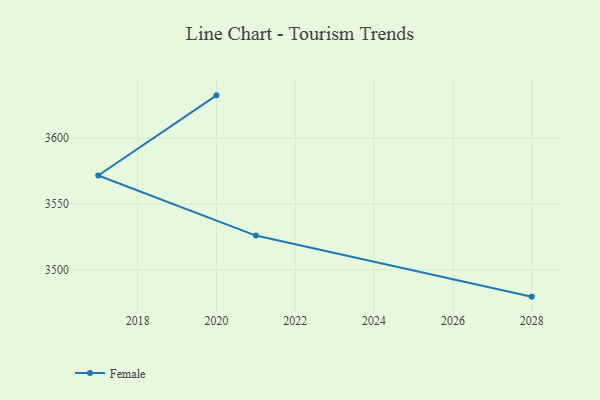
{"axis": {"x": "Year", "y": "Waste Production (Tons)"}, "legend": ["Female"], "data": [{"x": "2028", "y": 3479.5, "type": "Female"}, {"x": "2021", "y": 3525.9, "type": "Female"}, {"x": "2017", "y": 3571.6, "type": "Female"}, {"x": "2020", "y": 3632.5, "type": "Female"}]}